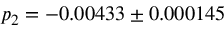
p _ { 2 } = - 0 . 0 0 4 3 3 \pm 0 . 0 0 0 1 4 5